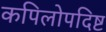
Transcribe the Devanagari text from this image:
कपिलोपदिष्ट